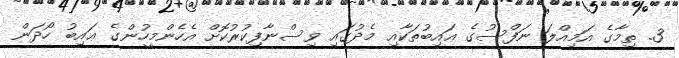
3. ތިމާގެ އަމިއްލަ ނަފްސުގެ ޢައިބުތަކާއި މެދުގައި ވިސްނާފިކުރުކޮށް އެހެންމީހުންގެ ޢައިބު ހޯދަން